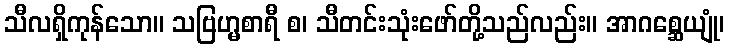
သီလရှိကုန်သော။ သဗြဟ္မစာရီ စ၊ သီတင်းသုံးဖော်တို့သည်လည်း။ အာဂစ္ဆေယျုံ၊